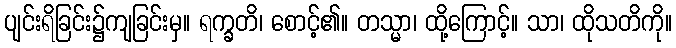
ပျင်းရိခြင်း၌ကျခြင်းမှ။ ရက္ခတိ၊ စောင့်၏။ တသ္မာ၊ ထို့ကြောင့်။ သာ၊ ထိုသတိကို။